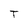
Character: T